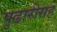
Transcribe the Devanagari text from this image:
पुढारीसह